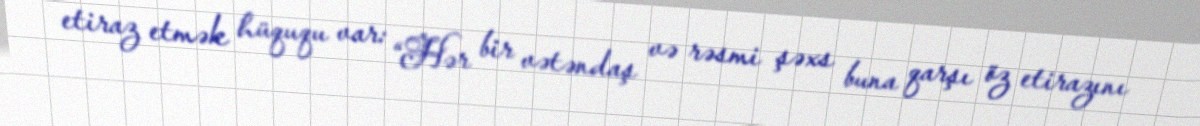
etiraz etmək hüququ var: “Hər bir vətəndaş və rəsmi şəxs buna qarşı öz etirazını